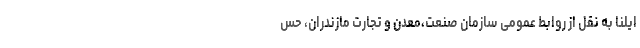
ایلنا به نقل از روابط عمومی سازمان صنعت،معدن و تجارت مازندران، حس